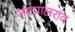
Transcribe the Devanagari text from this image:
जगपालराव